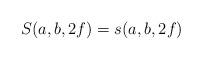
LaTeX: \begin{align*}S(a,b,2f) =s(a,b,2f)\end{align*}